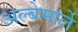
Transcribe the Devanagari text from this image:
अल्बेमार्ले